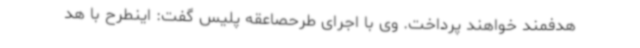
هدفمند خواهند پرداخت. وی با اجرای طرحصاعقه پلیس گفت: اینطرح با هد